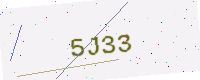
Text: 5J33